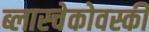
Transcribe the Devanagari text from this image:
ब्लास्चेकोवस्की